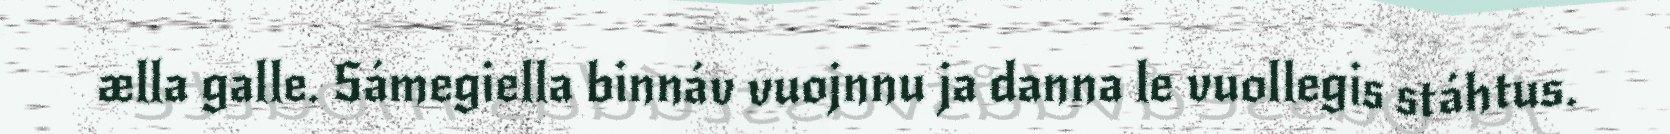
ælla galle. Sámegiella binnáv vuojnnu ja danna le vuollegis stáhtus.